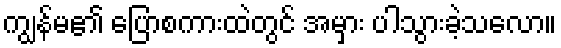
ကျွန်မ၏ ပြောစကားထဲတွင် အမှား ပါသွားခဲ့သလော။